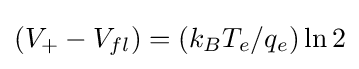
(V_{+}-V_{fl})=(k_{B}T_{e}/q_{e})\ln 2